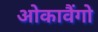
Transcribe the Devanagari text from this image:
ओकावैंगो